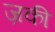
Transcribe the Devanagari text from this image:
ज़की